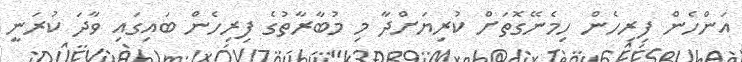
އަންހެން ފިރިހެން ހިމެނޭގޮތަށް ކުރިޔަށްދާ މި މުބާރާތުގެ ފިރިހެން ބައިގައި ވާދަ ކުރަނީ